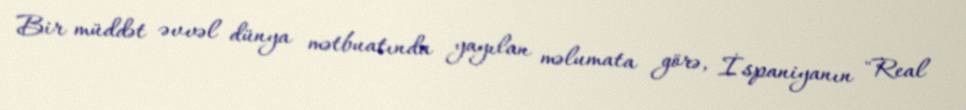
Bir müddət əvvəl dünya mətbuatında yayılan məlumata görə, İspaniyanın "Real